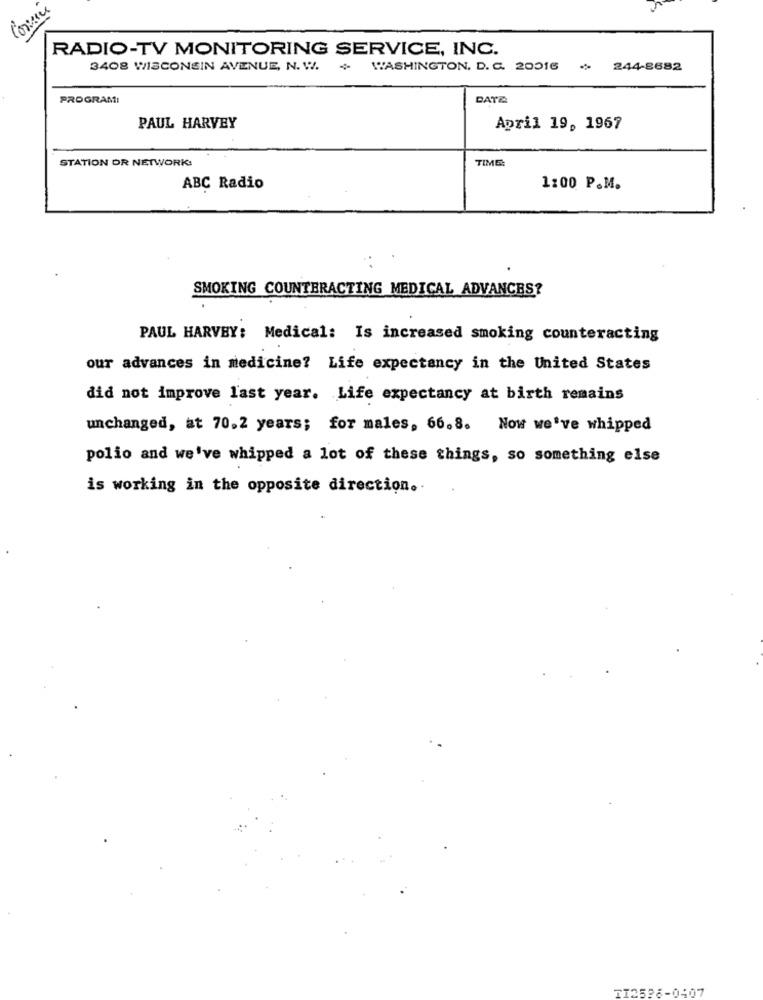
RADIO-TV MONITORING SERVICE, INC.
3408 WISCONSIN AVENUE, N. W. + WASHINGTON, D. C. 20016 . 244-8682
PROGRAMI
DATE
PAUL HARVEY
April 19, 1967
STATION OR NETWORK:
TIME:
ABC Radio
1:00 P.M.
SMOKING COUNTERACTING MEDICAL ADVANCES?
PAUL HARVEY: Medical: Is increased smoking counteracting
our advances in medicine? Life expectancy in the United States
did not improve last year. Life expectancy at birth remains
unchanged, at 70.2 years; for males, 66.8. Now we've whipped
polio and we've whipped a lot of these things, so something else
is working in the opposite direction.
TI2528-0407